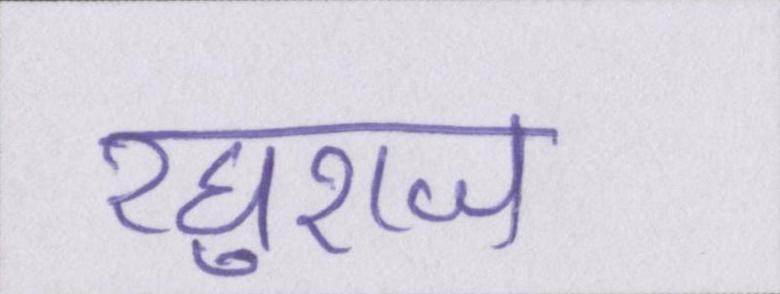
रघुराज